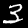
Label: 3